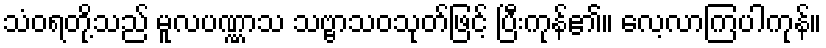
သံဝရတို့သည် မူလပဏ္ဏာသ သဗ္ဗာသဝသုတ်ဖြင့် ပြီးကုန်၏။ လေ့လာကြပါကုန်။